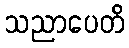
သညာပေတိ